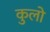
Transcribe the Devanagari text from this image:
कुलो